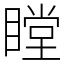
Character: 瞠